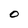
Character: O